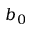
b _ { 0 }